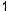
1